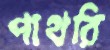
পাথরি